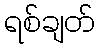
ရစ်ချတ်